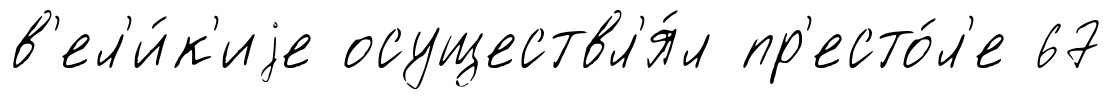
в'ел'и́к'иjе осуществл'я́л пр'есто́л'е 67